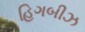
હિગબીઝ